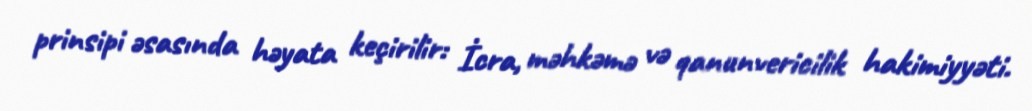
prinsipi əsasında həyata keçirilir: İcra, məhkəmə və qanunvericilik hakimiyyəti.